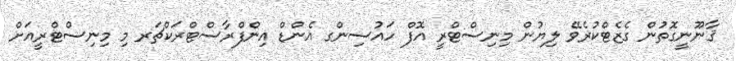
ޤާނޫނީގޮތުން ގެޒެޓްކުރެވޭ ލިޔުން މިނިސްޓްރީ އޮފް ހައުސިންގ އެންޑް އިންފްރާސްޓްރަކްޗަރ މި މިނިސްޓްރީއަށް